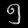
Digit: ၅